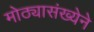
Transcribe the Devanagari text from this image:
मोठ्यासंख्येने